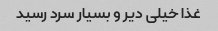
غذا خیلی دیر و بسیار سرد رسید